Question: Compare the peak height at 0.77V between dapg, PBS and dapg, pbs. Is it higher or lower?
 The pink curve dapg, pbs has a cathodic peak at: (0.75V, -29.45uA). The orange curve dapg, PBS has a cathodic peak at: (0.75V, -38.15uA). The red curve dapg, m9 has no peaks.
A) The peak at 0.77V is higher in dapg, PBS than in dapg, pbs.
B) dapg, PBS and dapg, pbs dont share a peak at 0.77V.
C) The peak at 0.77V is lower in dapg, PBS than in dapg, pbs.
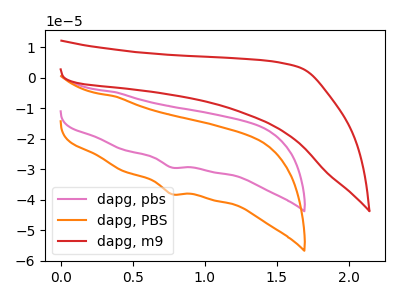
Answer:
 <answer>A) The peak at 0.77V is higher in "dapg, PBS" than in "dapg, pbs".</answer>
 <eval>A</eval>